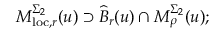
M _ { \mathrm { l o c } , r } ^ { \Sigma _ { 2 } } ( u ) \supset \widehat { B } _ { r } ( u ) \cap M _ { \rho } ^ { \Sigma _ { 2 } } ( u ) ;